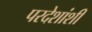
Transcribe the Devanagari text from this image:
परदेशांशी